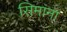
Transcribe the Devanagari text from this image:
सिमाना